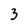
Character: 3